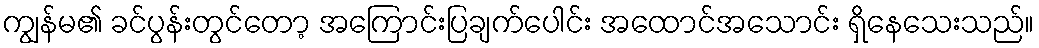
ကျွန်မ၏ ခင်ပွန်းတွင်တော့ အကြောင်းပြချက်ပေါင်း အထောင်အသောင်း ရှိနေသေးသည်။